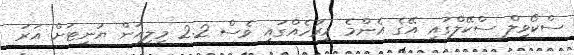
ސްކޯވިލް ސްކޭލްގައި އޭގެ އެންމެ މިރުހެއްގައި ވެސް 2.2 މިލިއަން ޔުނިޓަށް އަރަ